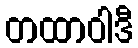
တထာဝါဒီ